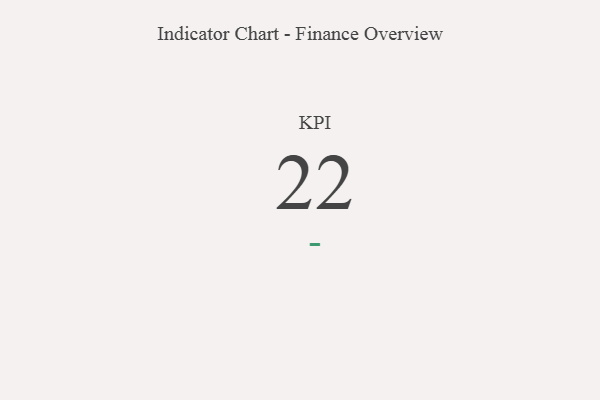
{"axis": {"x": "KPI", "y": "Value"}, "legend": [""], "data": [{"x": "KPI", "y": 22, "type": ""}]}